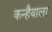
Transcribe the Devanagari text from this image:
कन्हैयाला